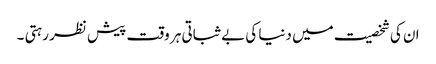
ان کی شخصیت میں دنیا کی بے ثباتی ہر وقت پیش نظر رہتی ۔